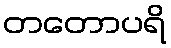
တတောပရိ